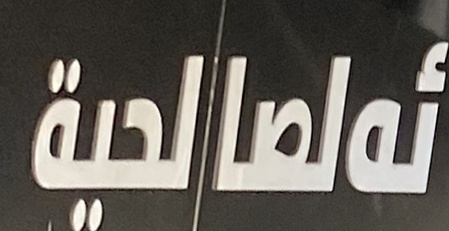
ئەلصالحیة